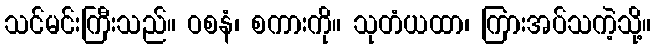
သင်မင်းကြီးသည်။ ဝစနံ၊ စကားကို။ သုတံယထာ၊ ကြားအပ်သကဲ့သို့။